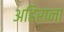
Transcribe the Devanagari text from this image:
अहिराना